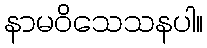
နာမဝိသေသနပါ။